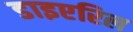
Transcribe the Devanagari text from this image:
डाइएरिल